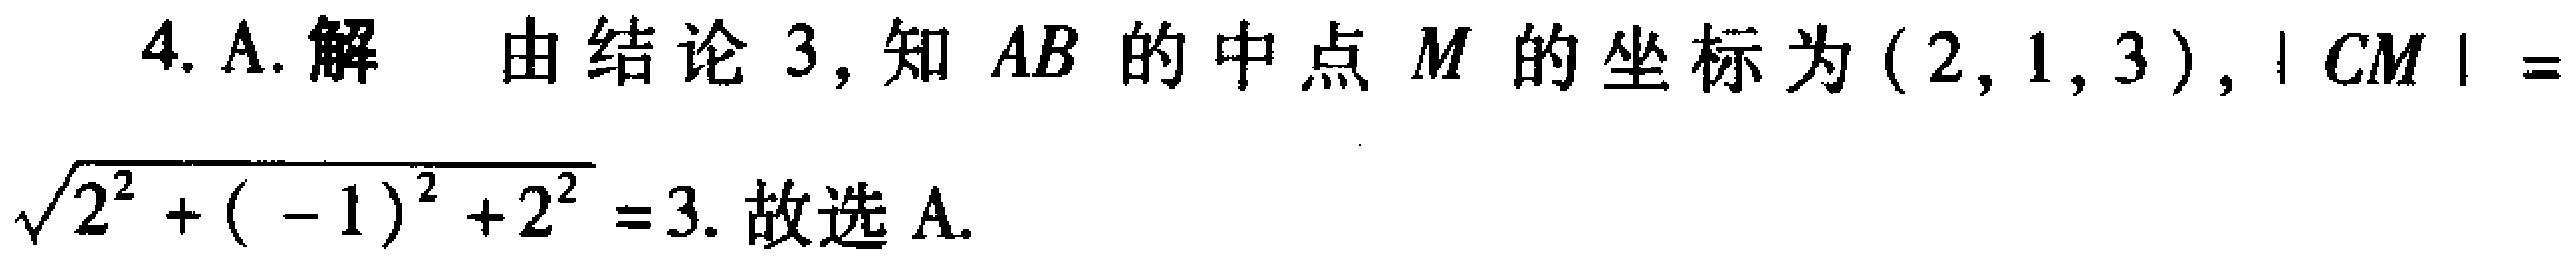
4. A. 解 由结论 3, 知 \(AB\) 的中点 \(M\) 的坐标为 \((2,1,3)\), \(|CM|=\sqrt{2^{2}+(-1)^{2}+2^{2}} = 3\). 故选 A.